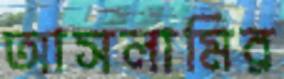
আসলামির